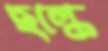
ছল্‌কে